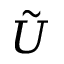
\tilde { U }